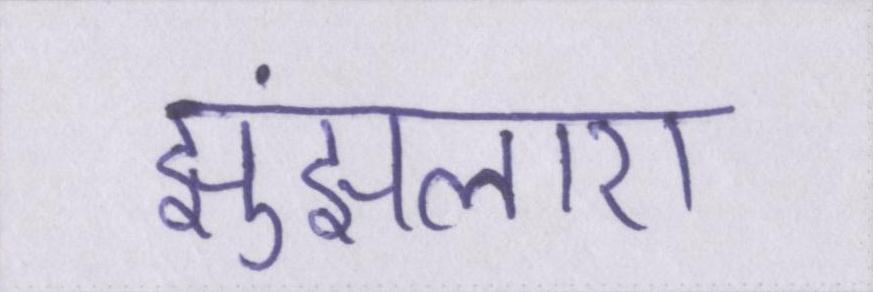
झुंझलाए